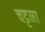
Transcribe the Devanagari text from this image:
चट्टना